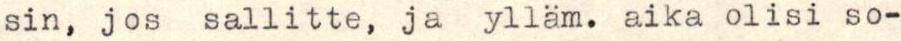
sin, jos sallitte, ja ylläm. aika olisi so-